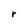
Character: r